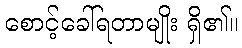
စောင့်ခေါ်ရတာမျိုး ရှိ၏။